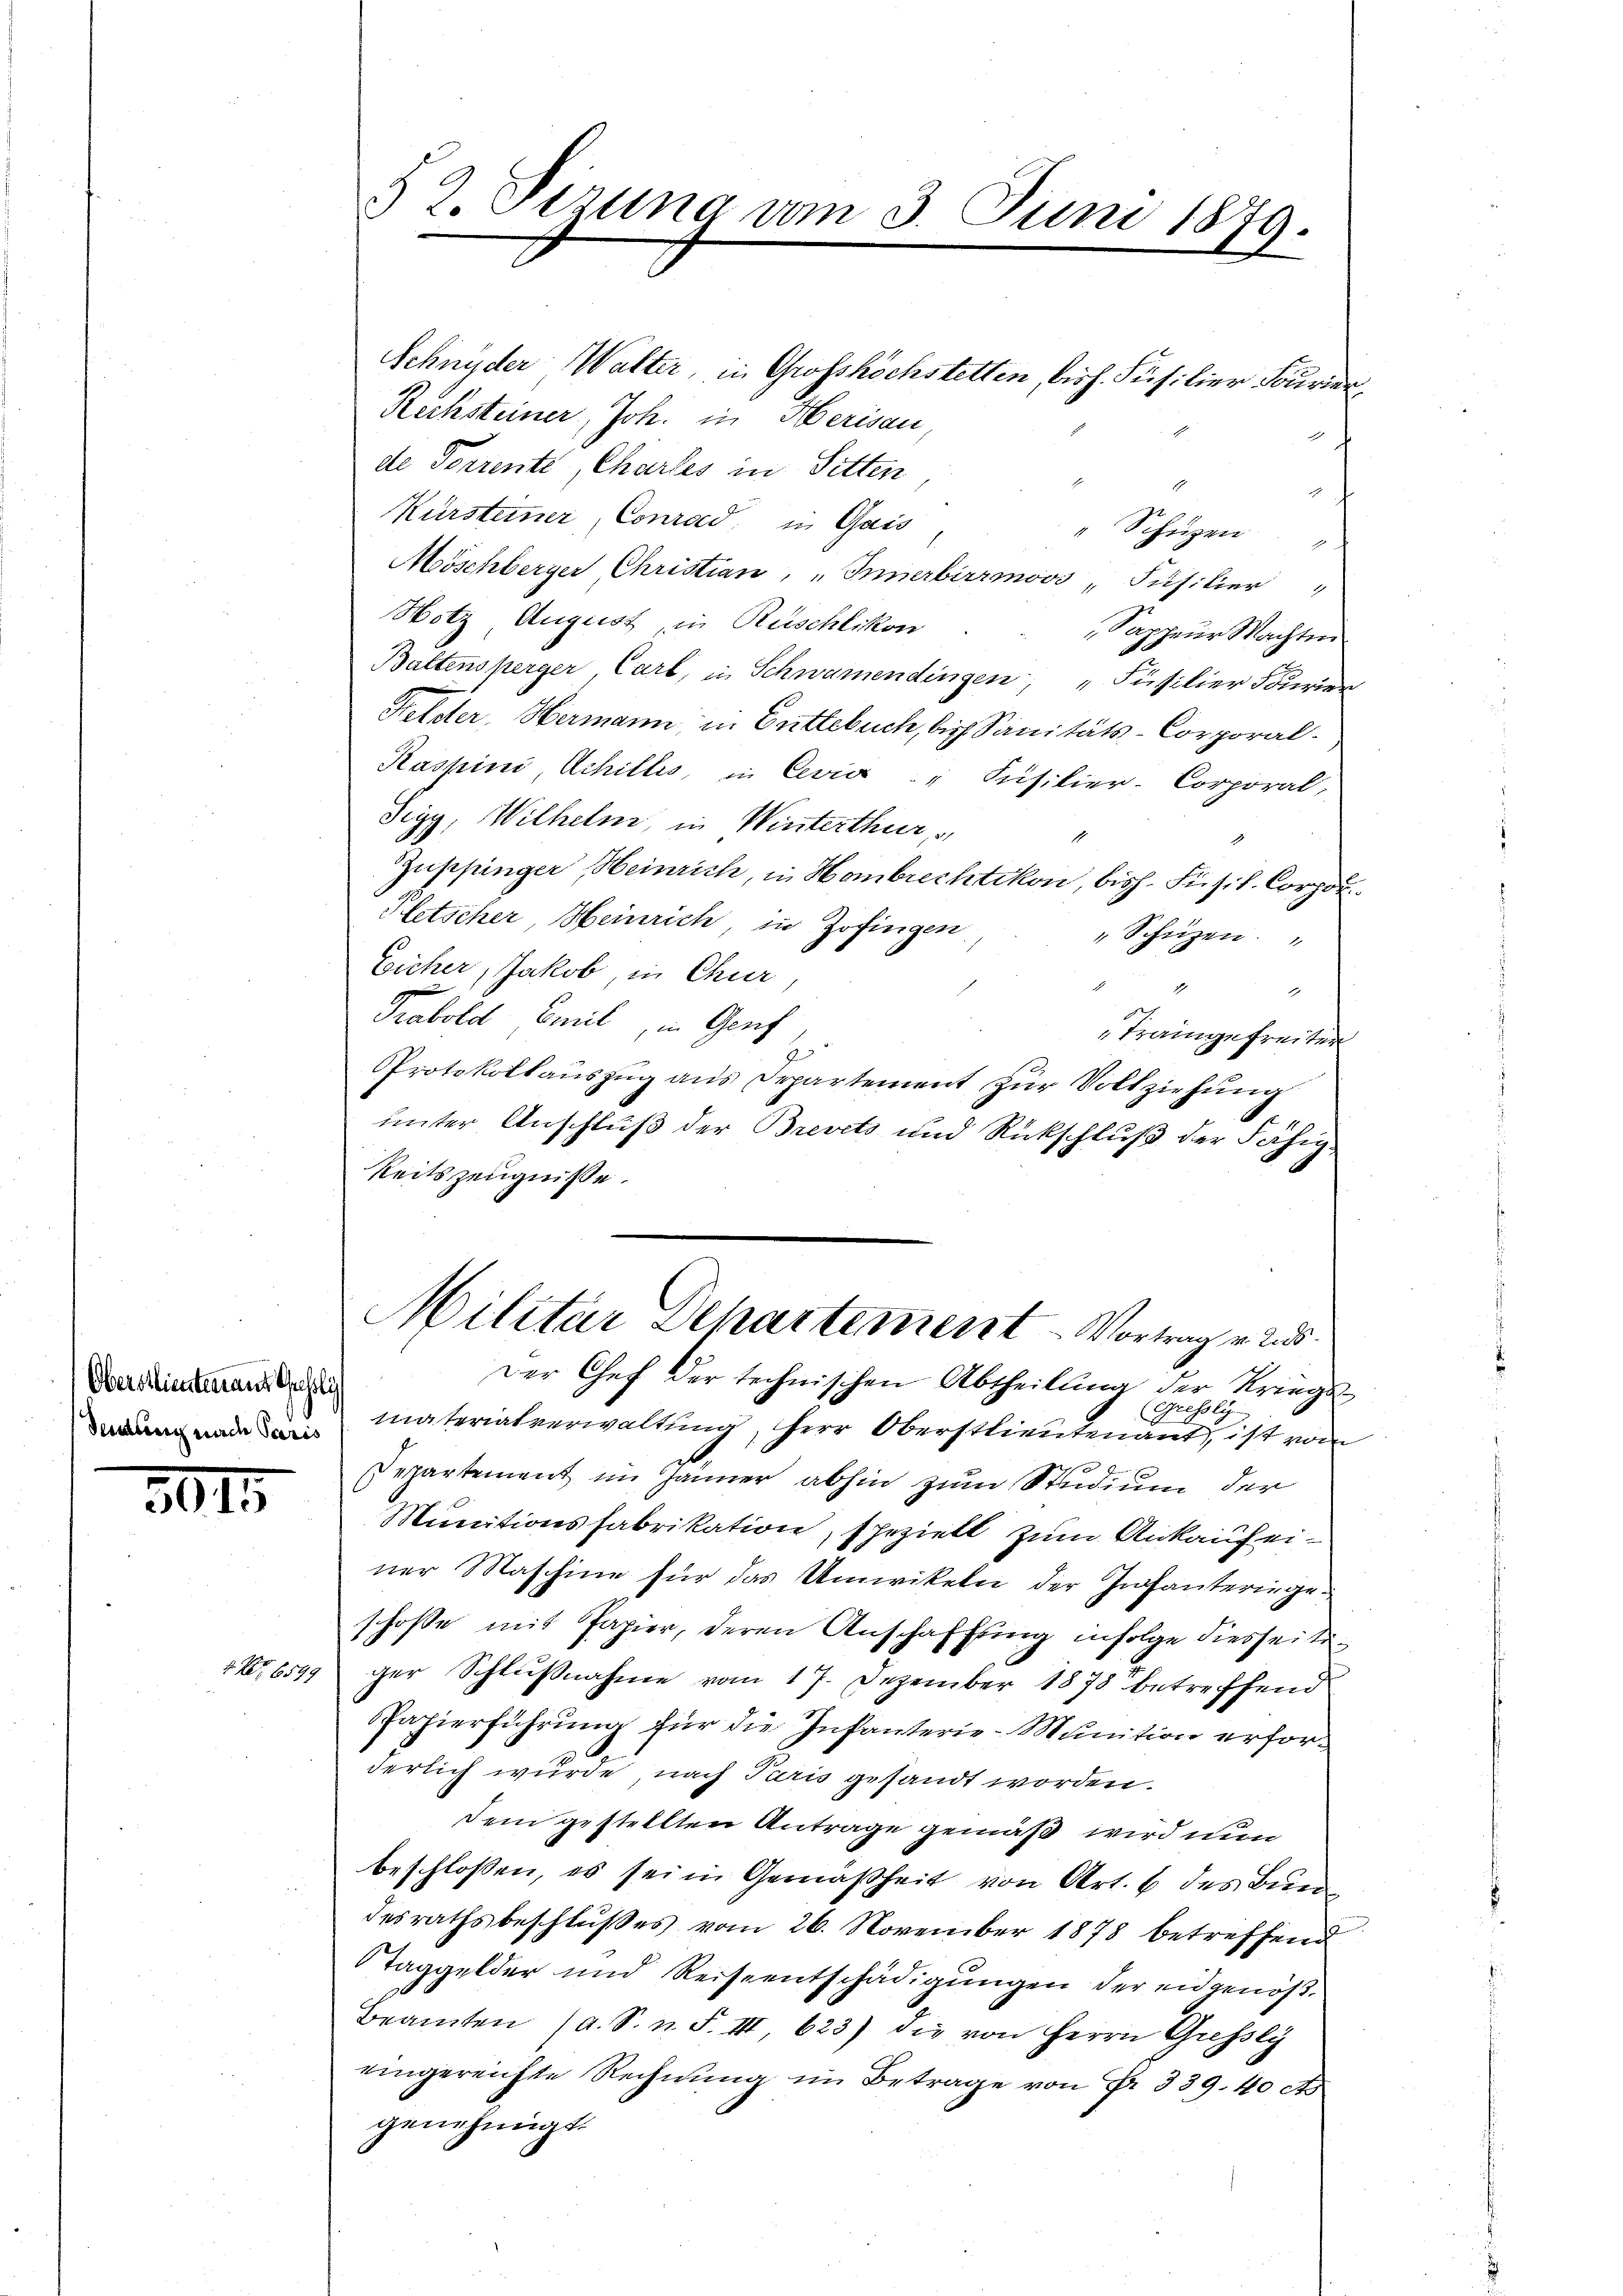
Oberstlieutenant Guholz
Seng nach Paris

301

7 Nr. 6599

52. Sizung am 3. Juni 1879.

Schnyder Walter, in Grosshöchstetten, bish. Füsilier Fourier,
Rechsteiner, Joh. in Herisau,
de Forrente, Chartes in Sitten
1
Kürsteiner, Conrad in Gais
" Schüzen"
Möschberger Christian, „Innerbirrmoos Füsilier
Hotz August in Rüschlikon
Sappeur Machten
Baltensperger, Carl, in Schwamendingen, Füsilier Fourier
Felster, Hermann in Entlebuch, bis Sanitäts-Corporal¬
Raspini Achillis, in Cevia" Füsilier-Corporal,
Tigy, Wilhelm, in Winterthur,
1
Zuppinger Heinrich, in Hombrechtikon, bisch. Fusil. Corpor
Pletscher, Heinrich in Zofingen
" Schützen.
Eicher, Jakob in Chur,
1
2
Trabold Emil in Genf
Traingefreiter
Protokollauszug aus Departement zur Vollziehung
unter Anschluß der Brevets und Rückschluß der Fähig-
Reitszeugniße.
Militär Departement - Vortrag v. und
Der Chef der technischen Abtheilung der Kriegs¬
(Grefsly-
materialverwaltung, Herr Oberstlieutenant ist vom
Departement im Jänner abhin zum Studium der
Munitionsfabrikation, speziell zum Ankauf einer Maschine für das Umwikeln der Infanteringeschose mit Papier, deren Anschaffung infolge diesseitiger Schlußnahme vom 17. Dezember 1878 betreffend
Papierführung für die Infanterie-Munition erforderlich wurde, nach Paris gesandt worden.
Dem gestellten Antrage gemäß wird nun
beschlossen, es sei in Gemäßheit von Art. 6 des Bun
desrathsbeschlŭβes vom 26. November 1878 betreffend
Taggelder und Reiseentschädigungen der eidgenöß¬
Beamten (a. S. n. F. III 623) die von Herrn Grefsly
eingereichte Rechnung im Betrage von Fr. 339. 40 et
genehmigt.